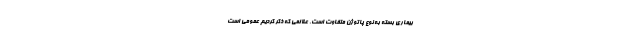
بیماری بسته به نوع پاتوژن متفاوت است. علائمی که ذکر کردیم عمومی است